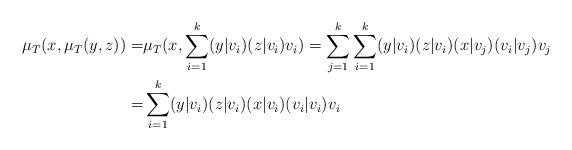
LaTeX: \begin{align*}\mu_T(x,\mu_T(y,z))=& \mu_T(x,\sum_{i=1}^k (y|v_i)(z|v_i)v_i)= \sum_{j=1}^k \sum_{i=1}^k (y|v_i)(z|v_i)(x|v_j)(v_i|v_j)v_j \\=& \sum_{i=1}^k (y|v_i)(z|v_i)(x|v_i)(v_i|v_i)v_i \end{align*}